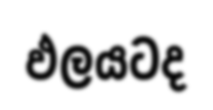
ඵලයටද